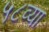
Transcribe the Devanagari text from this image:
५८व्या